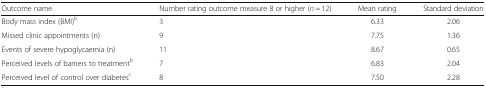
| Outcome name | Number rating outcome measure 8 or higher (n = 12) | Mean rating | Standard deviation |
 | --- | --- | --- | --- |
 | Body mass index (BMI)b | 3 | 6.33 | 2.06 |
 | Missed clinic appointments (n) | 9 | 7.75 | 1.36 |
 | Events of severe hypoglycaemia (n) | 11 | 8.67 | 0.65 |
 | Perceived levels of barriers to treatmentb | 7 | 6.83 | 2.04 |
 | Perceived level of control over diabetesc | 8 | 7.50 | 2.28 |